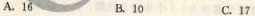
A.16 B.10 C.17